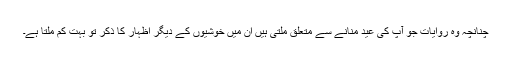
چنانچہ وہ روایات جو آپ کی عید منانے سے متعلق ملتی ہیں ان میں خوشیوں کے دیگر اظہار کا ذکر تو بہت کم ملتا ہے۔